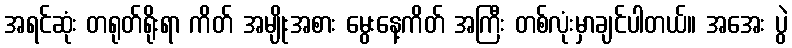
အရင်ဆုံး တရုတ်ရိုးရာ ကိတ် အမျိုးအစား မွေးနေ့ကိတ် အကြီး တစ်လုံးမှာချင်ပါတယ်။ အအေး ပွဲ